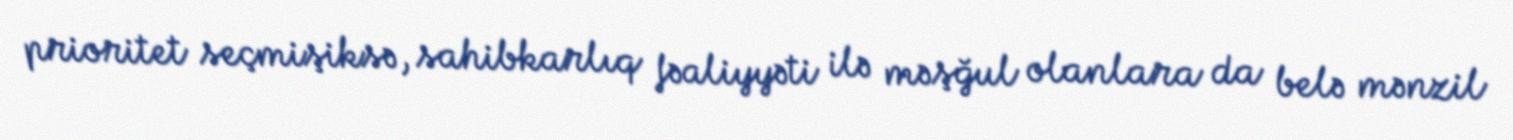
prioritet seçmişiksə, sahibkarlıq fəaliyyəti ilə məşğul olanlara da belə mənzil